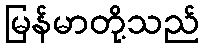
မြန်မာတို့သည်